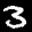
Label: 3